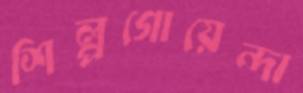
শিল্পগোয়েন্দা